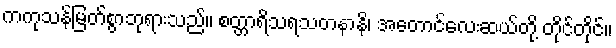
ကကုသန်မြတ်စွာဘုရားသည်။ စတ္တာရိသရသတနာနိ၊ အတောင်လေးဆယ်တို့ တိုင်တိုင်။